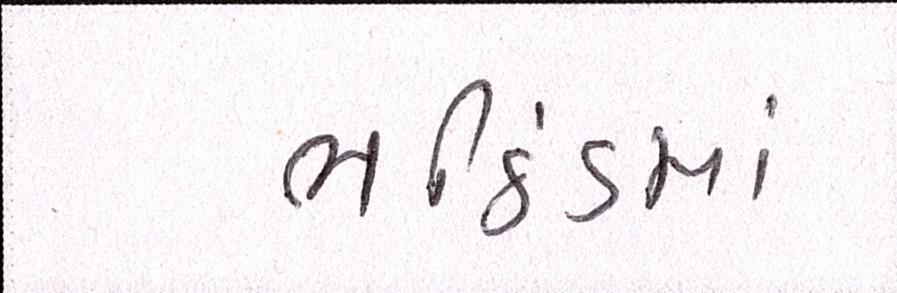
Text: ભઠિંડમાં